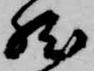
然